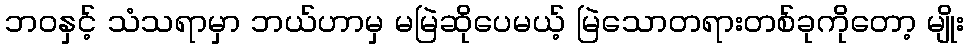
ဘဝနှင့် သံသရာမှာ ဘယ်ဟာမှ မမြဲဆိုပေမယ့် မြဲသောတရားတစ်ခုကိုတော့ မျိုး